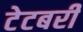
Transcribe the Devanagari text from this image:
टेटबरी